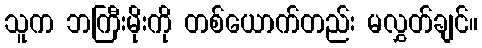
သူက ဘကြီးမိုးကို တစ်ယောက်တည်း မလွှတ်ချင်။